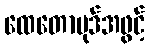
ထေတောပုဒ်အဖွင့်